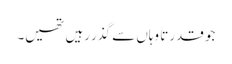
جو قدرتاَ وہاں سے گذر رہیں تھیں۔